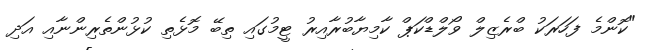
"ކޮންމެ ފަހަރަކު ބްރެޒިލް ވޯލްޑްކަޕް ކާމިޔާބުރާއިރު ޓީމުގައި ތިބޭ މޮޅެތި ކުޅުންތެރިންނާއި އަދި